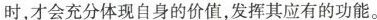
时，才会充分体现自身的价值，发挥其应有的功能。